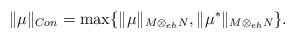
LaTeX: \begin{align*}\| \mu \|_{Con} = \max\{ \| \mu \|_{M \otimes_{eh} N}, \| \mu^* \|_{M \otimes_{eh} N} \}.\end{align*}